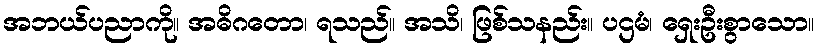
အဘယ်ပညာကို။ အဓိဂတော၊ ရသည်။ အသိ၊ ဖြစ်သနည်း။ ပဌမံ၊ ရှေးဦးစွာသော။